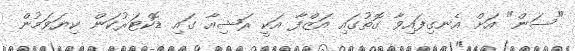
"ސަން" އަށް އެނގިފައިވާ ގޮތުގައި އަޒްފާ އަކީ ރަޝިއާ ގައި ޑޮކްޓަރުކަން ކިޔަވަމުން